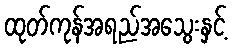
ထုတ်ကုန်အရည်အသွေးနှင့်